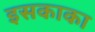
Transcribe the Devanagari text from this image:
इसकाका